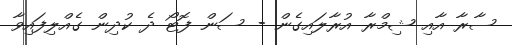
ސާރާ އާއި ޝިމްރާ އުރާލައިގެން - ސަން ފޮޓޯ ދެ ކުދިން ގެއްލިފައިވާ